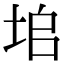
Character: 垖